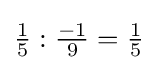
{\tfrac {1}{5}}:{\tfrac {-1}{9}}={\tfrac {1}{5}}